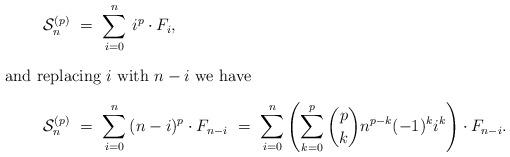
LaTeX: \begin{align*} \mathcal{S}_n^{(p)} \ &= \ \sum_{i=0}^{n} \, i^p \cdot F_{i},\\\intertext{and replacing $i$ with $n-i$ we have} \mathcal{S}_n^{(p)} \ &= \ \sum_{i=0}^{n} \, (n-i)^p \cdot F_{n-i} \ = \ \sum_{i=0}^{n} \left( \sum_{k=0}^p \binom{p}{k} n^{p-k}(-1)^k i^k\right) \cdot F_{n-i}.\end{align*}